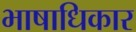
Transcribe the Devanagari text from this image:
भाषाधिकार